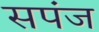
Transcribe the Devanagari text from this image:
सपंज